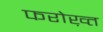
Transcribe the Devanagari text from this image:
फरोख़्त